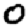
Digit: 0